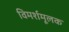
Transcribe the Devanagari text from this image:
विमर्शमूलक